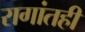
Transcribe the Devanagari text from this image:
रागांतही